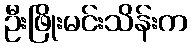
ဦးဖြိုးမင်းသိန်းက